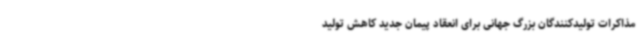
مذاکرات تولیدکنندگان بزرگ جهانی برای انعقاد پیمان جدید کاهش تولید